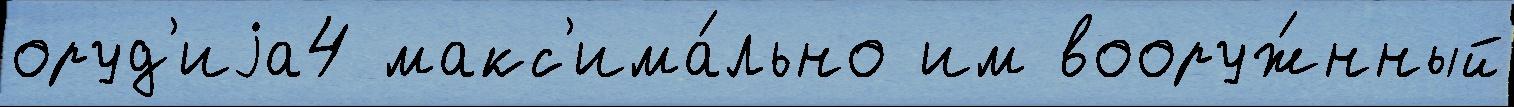
оруд'иjа4 макс'има́льно им вооруж́нный